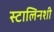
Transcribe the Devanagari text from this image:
स्टालिनशी